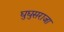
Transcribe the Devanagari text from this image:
घुघुसराजा